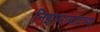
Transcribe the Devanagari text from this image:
निझामाबादच्या